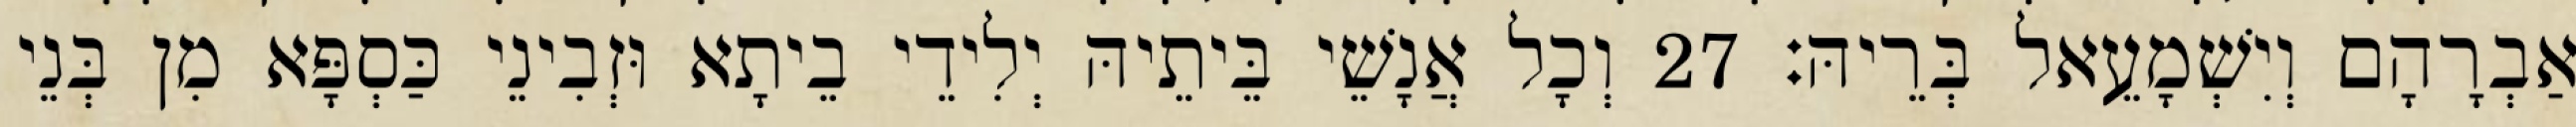
אַבְרָהָם וְיִשְׁמָעֵאל בְּרֵיהּ׃ 27 וְכָל אֲנָשֵׁי בֵּיתֵיהּ יְלִידֵי בֵיתָא וּזְבִינֵי כַּסְפָּא מִן בְּנֵי